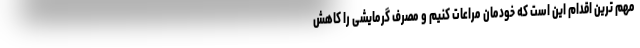
مهم ترین اقدام این است که خودمان مراعات کنیم و مصرف گرمایشی را کاهش